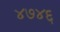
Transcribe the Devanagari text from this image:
४७४६